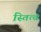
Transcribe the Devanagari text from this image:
स्तित्व